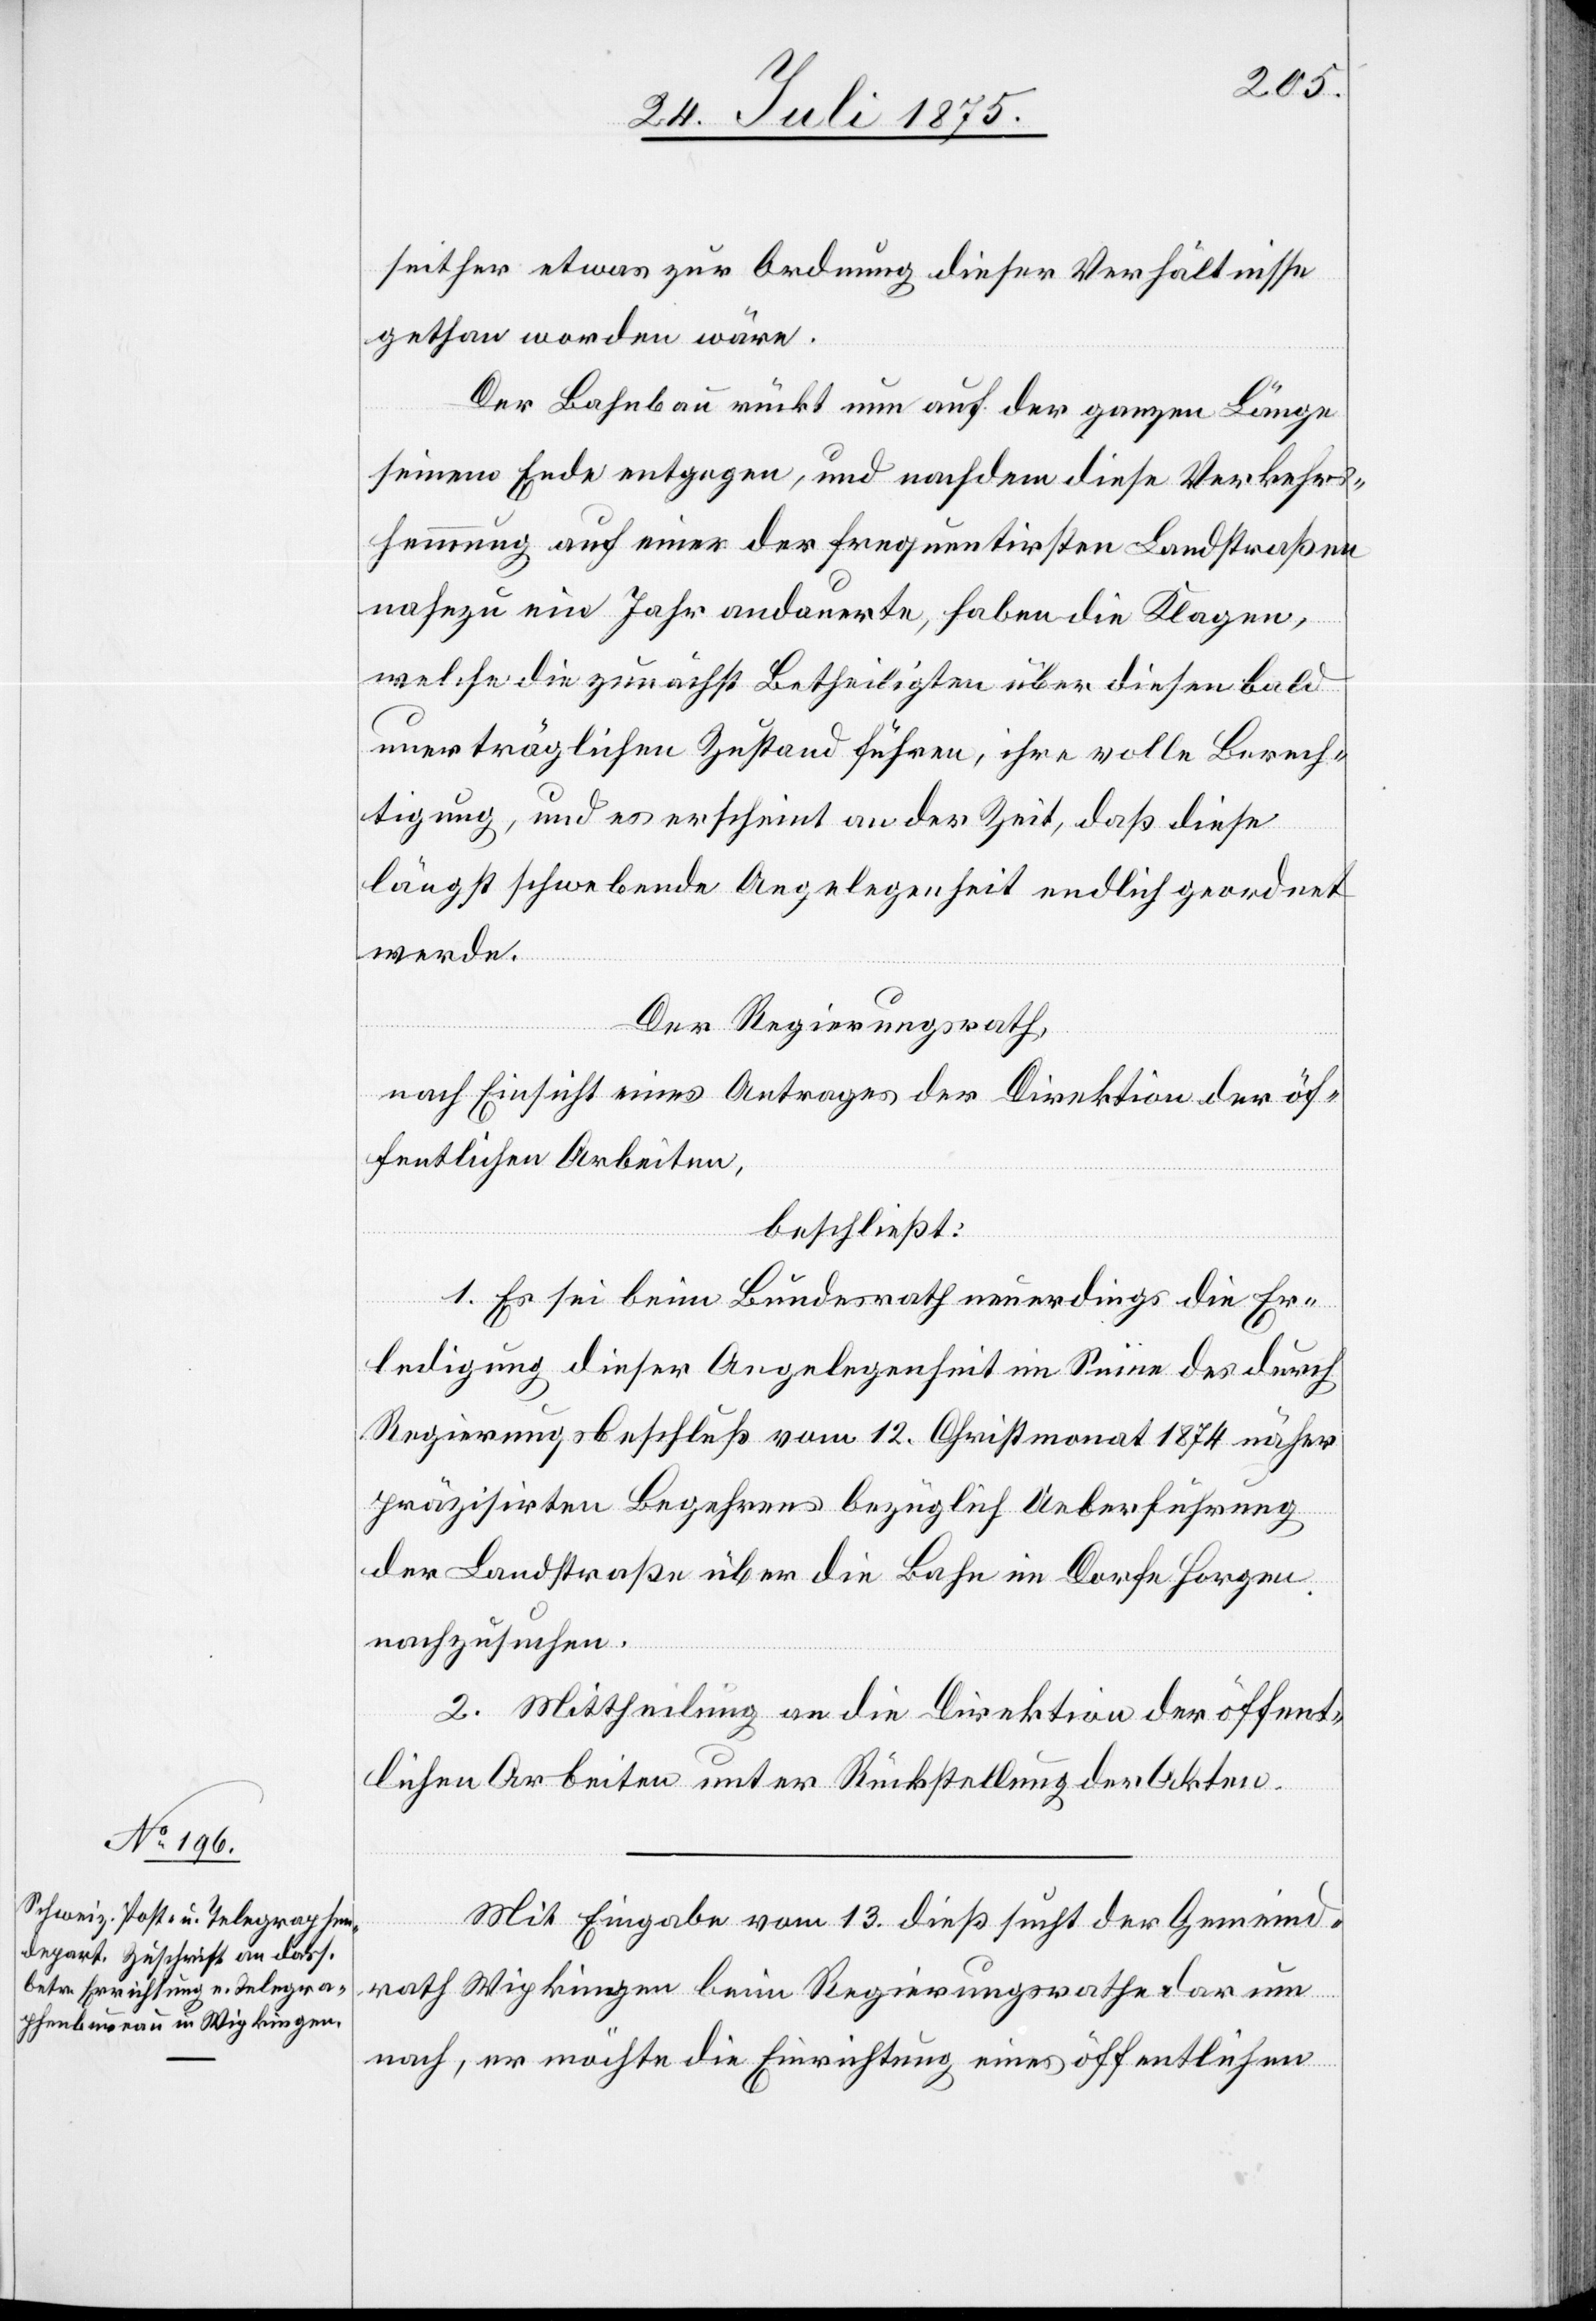
seither etwas zur Ordnung dieser Verhältnisse
gethan worden wäre.
Der Bahnbau rückt nun auf der ganzen Länge
hinaus Ende entgegen, und nachdem diese Verkehrs¬
hemmung auf einer der frequentirsten [sic!] Landstraßen
nahezu ein Jahr andauerte, haben die Klagen,
welche die zunächst Betheiligten über diesen bald
unerträglichen Zustand führen, ihre volle Berech¬
tigung, und es erscheint an der Zeit, daß diese
längst schwebende Angelegenheit endlich geordnet
werde.
Der Regierungsrath,
nach Einsicht eines Antrages der Direktion der öf¬
fentlichen Arbeiten,
beschließt:
1. Es sei beim Bundesrath neuerdings die Er¬
ledigung dieser Angelegenheit im Sinne des durch
Regierungsbeschluß vom 12. Christmonat 1874 näher
präzisirten Begehrens bezüglich Ueberführung
der Landstraße über die Bahn im Dorfe Horgen
nachzusuchen.
2. Mittheilung an die Direktion der öffent¬
lichen Arbeiten unter Rückstellung der Akten.
Mit Eingabe vom 13. dieß sucht der Gemeind¬
rath Wipkingen beim Regierungsrathe darum
nach, er möchte die Errichtung eines öffentlichen